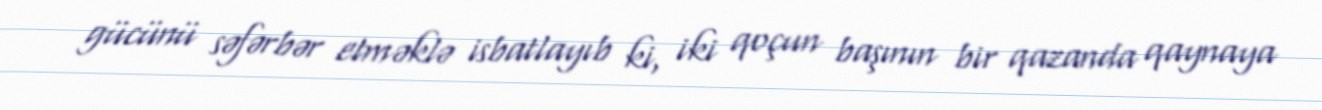
gücünü səfərbər etməklə isbatlayıb ki, iki qoçun başının bir qazanda qaynaya